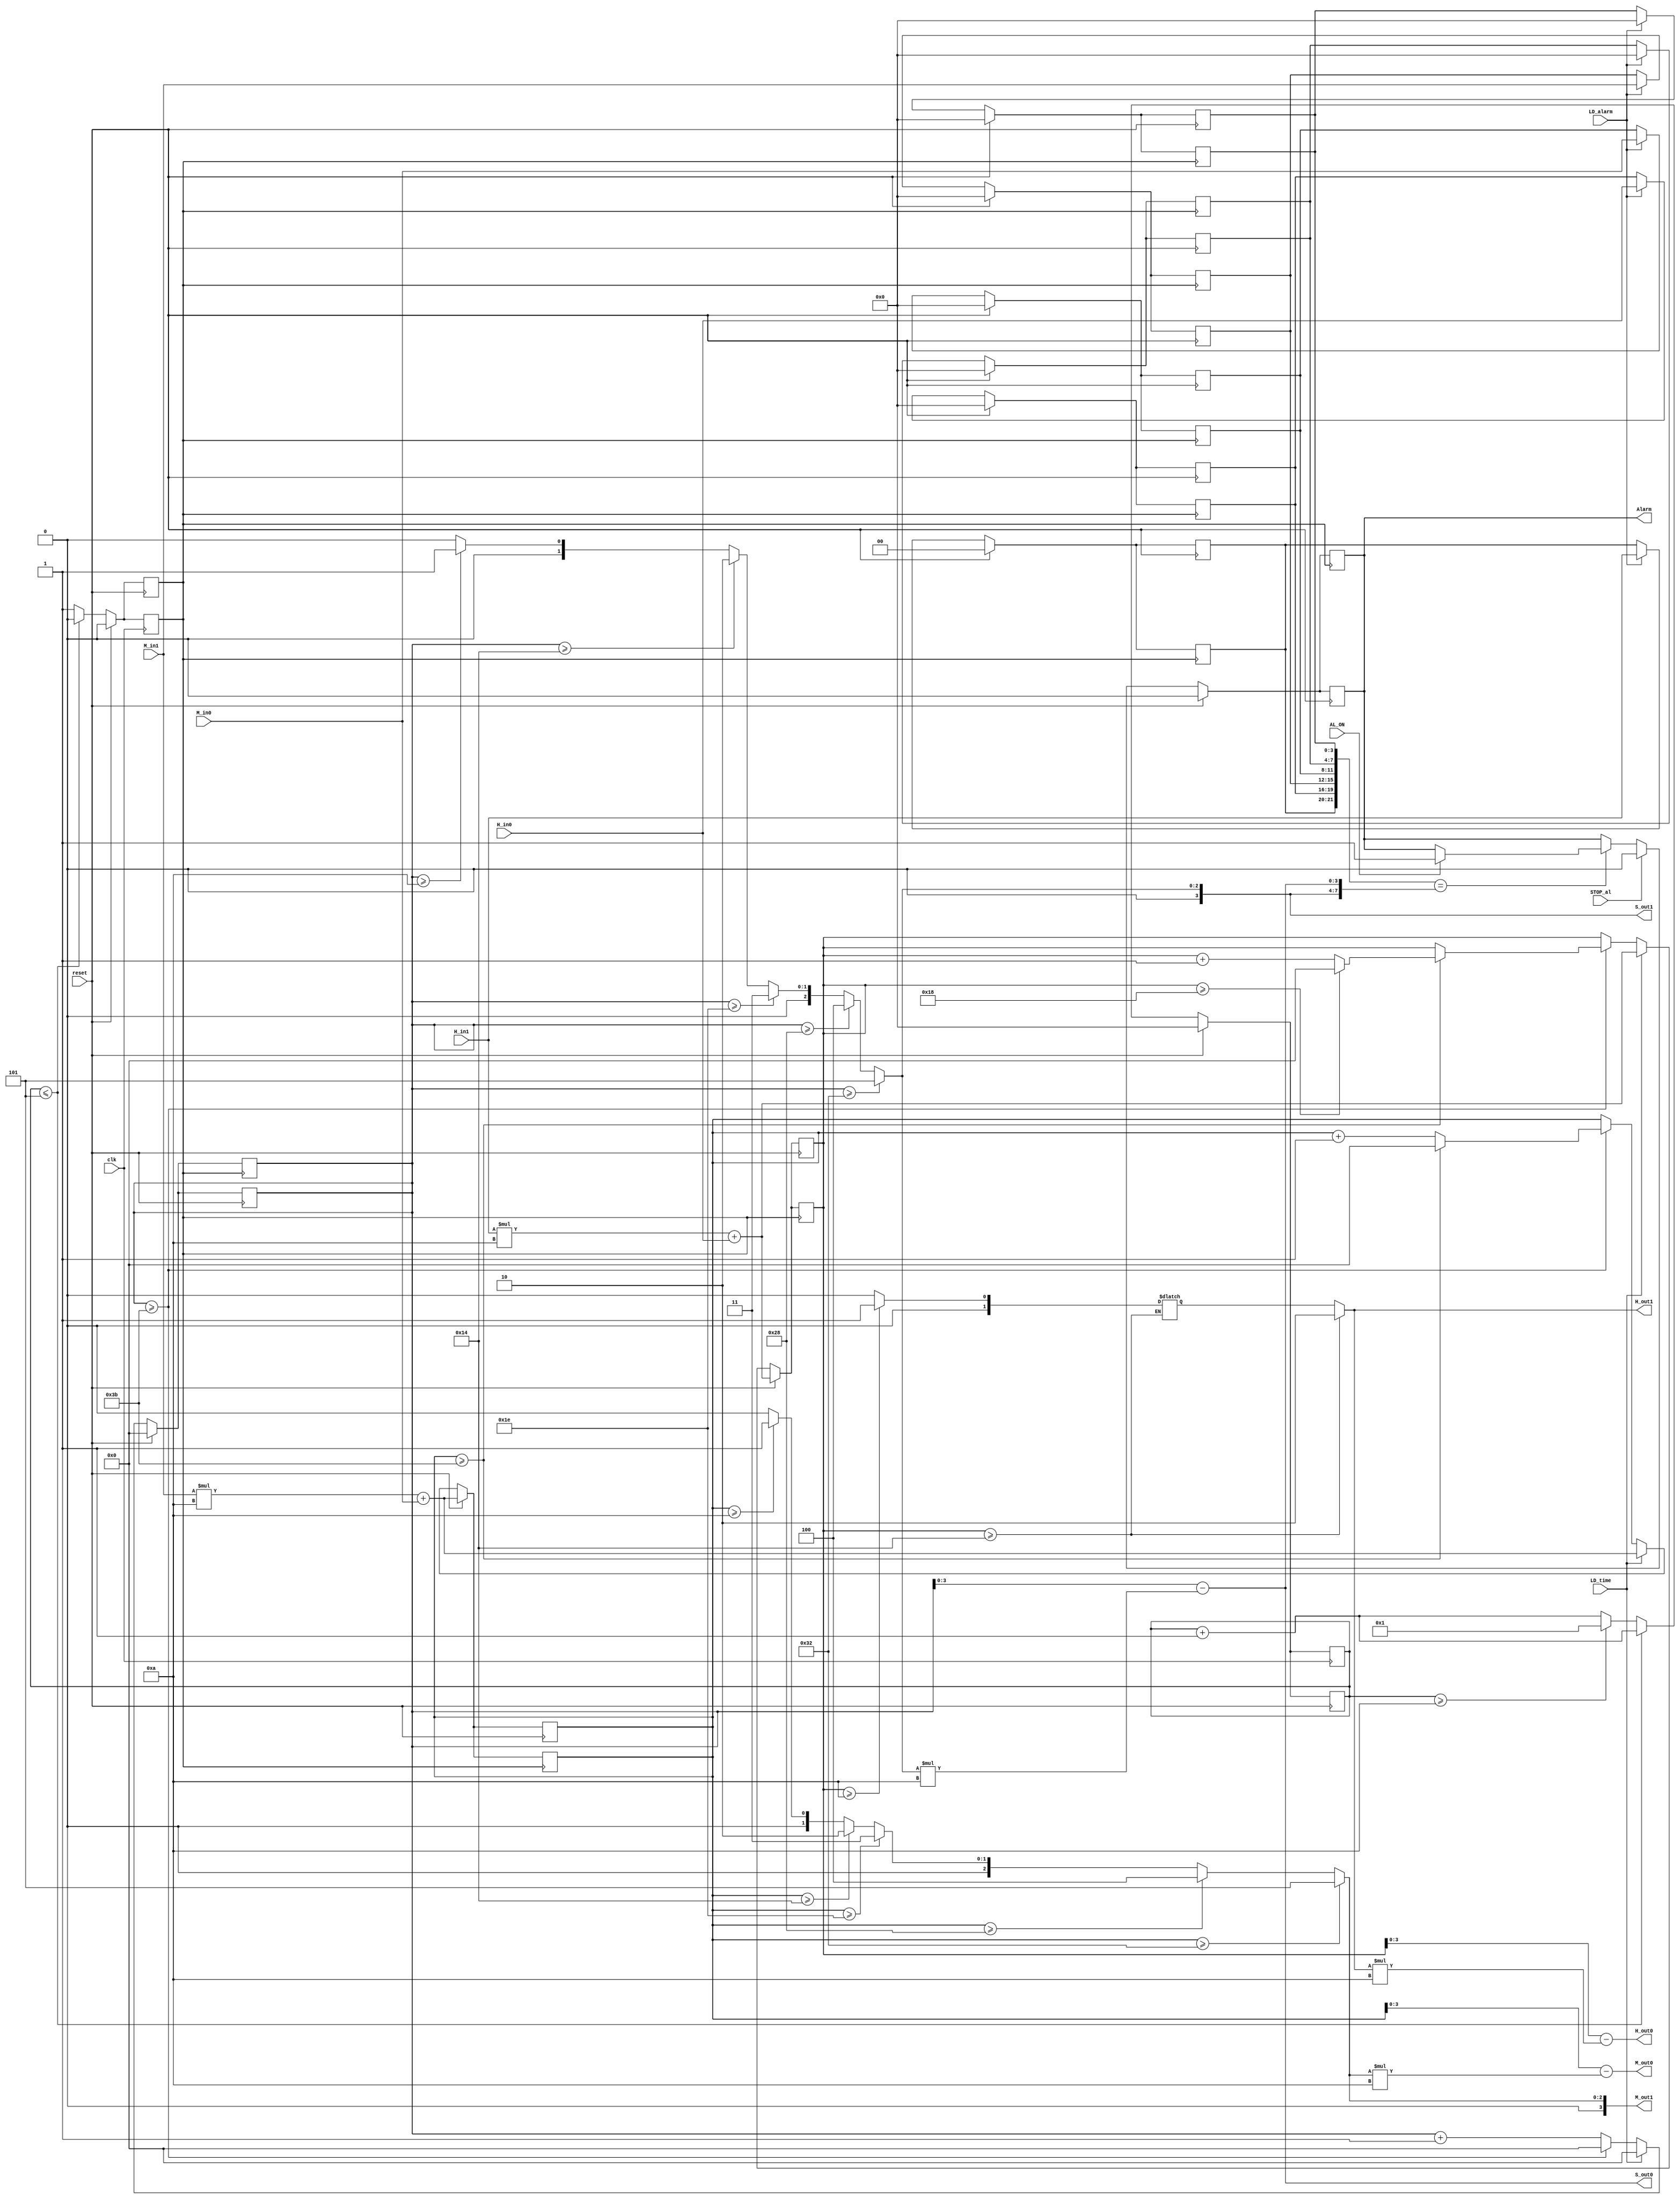
/* Generated by Yosys 0.9 (git sha1 1979e0b) */

module iiitb_clockfpga(reset, clk, H_in1, H_in0, M_in1, M_in0, LD_time, LD_alarm, STOP_al, AL_ON, Alarm, H_out1, H_out0, M_out1, M_out0, S_out1, S_out0);
  reg [3:0] _000_;
  reg [5:0] _001_;
  reg [3:0] _002_;
  reg [5:0] _003_;
  reg _004_;
  reg [3:0] _005_;
  reg [1:0] _006_;
  reg [3:0] _007_;
  reg [3:0] _008_;
  reg [3:0] _009_;
  reg [3:0] _010_;
  reg [3:0] _011_;
  reg [1:0] _012_;
  reg [3:0] _013_;
  reg [3:0] _014_;
  reg [3:0] _015_;
  reg [3:0] _016_;
  reg _017_;
  reg [3:0] _018_;
  reg [5:0] _019_;
  reg [5:0] _020_;
  reg [5:0] _021_;
  reg [1:0] _022_;
  reg [1:0] _023_;
  wire [31:0] _024_;
  wire [31:0] _025_;
  wire [31:0] _026_;
  wire [31:0] _027_;
  wire [31:0] _028_;
  wire [31:0] _029_;
  wire [31:0] _030_;
  wire [31:0] _031_;
  wire _032_;
  reg [3:0] _033_;
  reg [5:0] _034_;
  reg [3:0] _035_;
  reg [5:0] _036_;
  wire _037_;
  wire _038_;
  wire _039_;
  wire _040_;
  wire _041_;
  wire _042_;
  wire _043_;
  wire _044_;
  wire _045_;
  wire _046_;
  wire _047_;
  wire _048_;
  wire _049_;
  wire _050_;
  wire _051_;
  wire _052_;
  wire _053_;
  wire [31:0] _054_;
  wire [31:0] _055_;
  wire [31:0] _056_;
  wire [31:0] _057_;
  wire [31:0] _058_;
  wire [31:0] _059_;
  wire [31:0] _060_;
  wire [31:0] _061_;
  wire [31:0] _062_;
  wire [31:0] _063_;
  wire [31:0] _064_;
  wire [31:0] _065_;
  wire [31:0] _066_;
  wire [31:0] _067_;
  wire [31:0] _068_;
  wire [31:0] _069_;
  wire [31:0] _070_;
  wire [31:0] _071_;
  wire [31:0] _072_;
  wire [31:0] _073_;
  input AL_ON;
  output Alarm;
  reg Alarm;
  input [3:0] H_in0;
  input [1:0] H_in1;
  output [3:0] H_out0;
  output [1:0] H_out1;
  input LD_alarm;
  input LD_time;
  input [3:0] M_in0;
  input [3:0] M_in1;
  output [3:0] M_out0;
  output [3:0] M_out1;
  input STOP_al;
  output [3:0] S_out0;
  output [3:0] S_out1;
  reg [3:0] a_hour0;
  reg [1:0] a_hour1;
  reg [3:0] a_min0;
  reg [3:0] a_min1;
  reg [3:0] a_sec0;
  reg [3:0] a_sec1;
  reg [3:0] c_hour0;
  reg [1:0] c_hour1;
  reg [3:0] c_min0;
  reg [3:0] c_min1;
  reg [3:0] c_sec0;
  reg [3:0] c_sec1;
  input clk;
  reg clk_1s;
  input reset;
  reg [3:0] tmp_1s;
  reg [5:0] tmp_hour;
  reg [5:0] tmp_minute;
  reg [5:0] tmp_second;
  assign _024_ = tmp_1s + 32'd1;
  assign _025_ = _057_ + H_in0;
  assign _026_ = _058_ + M_in0;
  assign _027_ = _059_ + H_in0;
  assign _028_ = _060_ + M_in0;
  assign _029_ = tmp_second + 32'd1;
  assign _030_ = tmp_minute + 32'd1;
  assign _031_ = tmp_hour + 32'd1;
  assign _032_ = { a_hour1, a_hour0, a_min1, a_min0, a_sec1, a_sec0 } == { c_hour1, c_hour0, c_min1, c_min0, c_sec1, c_sec0 };
  assign _037_ = tmp_1s >= 32'd10;
  assign _038_ = tmp_hour >= 32'd20;
  assign _039_ = tmp_hour >= 32'd10;
  assign _040_ = tmp_minute >= 32'd50;
  assign _041_ = tmp_minute >= 32'd40;
  assign _042_ = tmp_minute >= 32'd30;
  assign _043_ = tmp_minute >= 32'd20;
  assign _044_ = tmp_minute >= 32'd10;
  assign _045_ = tmp_second >= 32'd50;
  assign _046_ = tmp_second >= 32'd40;
  assign _047_ = tmp_second >= 32'd30;
  assign _048_ = tmp_second >= 32'd20;
  assign _049_ = tmp_second >= 32'd10;
  assign _050_ = tmp_second >= 32'd59;
  assign _051_ = tmp_minute >= 32'd59;
  assign _052_ = tmp_hour >= 32'd24;
  assign _053_ = tmp_1s <= 32'd5;
  assign _054_ = _022_ * 32'd10;
  assign _055_ = _068_[3:0] * 32'd10;
  assign _056_ = _073_[3:0] * 32'd10;
  assign _057_ = H_in1 * 32'd10;
  assign _058_ = M_in1 * 32'd10;
  assign _059_ = H_in1 * 32'd10;
  assign _060_ = M_in1 * 32'd10;
  assign _061_ = tmp_hour - _054_;
  assign _062_ = tmp_minute - _055_;
  assign _063_ = tmp_second - _056_;
  assign _064_ = _044_ ? 32'd1 : 32'd0;
  assign _065_ = _043_ ? 32'd2 : _064_;
  assign _066_ = _042_ ? 32'd3 : _065_;
  assign _067_ = _041_ ? 32'd4 : _066_;
  assign _068_ = _040_ ? 32'd5 : _067_;
  assign _069_ = _049_ ? 32'd1 : 32'd0;
  assign _070_ = _048_ ? 32'd2 : _069_;
  assign _071_ = _047_ ? 32'd3 : _070_;
  assign _072_ = _046_ ? 32'd4 : _071_;
  assign _073_ = _045_ ? 32'd5 : _072_;
  always @* begin
    _017_ = clk_1s;
    _018_ = tmp_1s;
    casez (reset)
      1'h1:
        begin
          _018_ = 4'h0;
          _017_ = 1'h0;
        end
      default:
        begin
          _018_ = _024_[3:0];
          casez (_053_)
            1'h1:
                _017_ = 1'h0;
            default:
                casez (_037_)
                  1'h1:
                    begin
                      _017_ = 1'h1;
                      _018_ = 4'h1;
                    end
                  default:
                      _017_ = 1'h1;
                endcase
          endcase
        end
    endcase
  end
  always @(posedge clk) begin
      clk_1s <= _017_;
      tmp_1s <= _018_;
  end
  always @(posedge reset) begin
      clk_1s <= _017_;
      tmp_1s <= _018_;
  end
  always @* begin
    _012_ = _022_;
    _011_ = _061_[3:0];
    _001_ = tmp_minute;
    _000_ = _068_[3:0];
    _014_ = _068_[3:0];
    _013_ = _062_[3:0];
    _003_ = tmp_second;
    _002_ = _073_[3:0];
    _016_ = _073_[3:0];
    _015_ = _063_[3:0];
    casez (_038_)
      1'h1:
        begin
          _022_ = 2'h2;
        end
      default:
        begin
          _022_ = _023_;
          casez (_039_)
            1'h1:
              begin
                _023_ = 2'h1;
              end
            default:
              begin
                _023_ = 2'h0;
              end
          endcase
        end
    endcase
  end
  always @* begin
      c_hour1 <= _012_;
      c_hour0 <= _011_;
      c_min1 <= _014_;
      c_min0 <= _013_;
      c_sec1 <= _016_;
      c_sec0 <= _015_;
      _033_ <= 4'hx;
      _034_ <= 6'hxx;
      _035_ <= 4'hx;
      _036_ <= 6'hxx;
  end
  always @* begin
    _004_ = Alarm;
    casez (reset)
      1'h1:
          _004_ = 1'h0;
      default:
        begin
          casez (_032_)
            1'h1:
                casez (AL_ON)
                  1'h1:
                      _004_ = 1'h1;
                  default:
                      /* empty */;
                endcase
            default:
                /* empty */;
          endcase
          casez (STOP_al)
            1'h1:
                _004_ = 1'h0;
            default:
                /* empty */;
          endcase
        end
    endcase
  end
  always @(posedge clk_1s) begin
      Alarm <= _004_;
  end
  always @(posedge reset) begin
      Alarm <= _004_;
  end
  always @* begin
    _019_ = tmp_hour;
    _020_ = tmp_minute;
    _021_ = tmp_second;
    _006_ = a_hour1;
    _005_ = a_hour0;
    _008_ = a_min1;
    _007_ = a_min0;
    _010_ = a_sec1;
    _009_ = a_sec0;
    casez (reset)
      1'h1:
        begin
          _006_ = 2'h0;
          _005_ = 4'h0;
          _008_ = 4'h0;
          _007_ = 4'h0;
          _010_ = 4'h0;
          _009_ = 4'h0;
          _019_ = _025_[5:0];
          _020_ = _026_[5:0];
          _021_ = 6'h00;
        end
      default:
        begin
          casez (LD_alarm)
            1'h1:
              begin
                _006_ = H_in1;
                _005_ = H_in0;
                _008_ = M_in1;
                _007_ = M_in0;
                _010_ = 4'h0;
                _009_ = 4'h0;
              end
            default:
                /* empty */;
          endcase
          casez (LD_time)
            1'h1:
              begin
                _019_ = _027_[5:0];
                _020_ = _028_[5:0];
                _021_ = 6'h00;
              end
            default:
              begin
                _021_ = _029_[5:0];
                casez (_050_)
                  1'h1:
                    begin
                      _020_ = _030_[5:0];
                      _021_ = 6'h00;
                      casez (_051_)
                        1'h1:
                          begin
                            _020_ = 6'h00;
                            _019_ = _031_[5:0];
                            casez (_052_)
                              1'h1:
                                  _019_ = 6'h00;
                              default:
                                  /* empty */;
                            endcase
                          end
                        default:
                            /* empty */;
                      endcase
                    end
                  default:
                      /* empty */;
                endcase
              end
          endcase
        end
    endcase
  end
  always @(posedge clk_1s) begin
      tmp_hour <= _019_;
      tmp_minute <= _020_;
      tmp_second <= _021_;
      a_hour1 <= _006_;
      a_hour0 <= _005_;
      a_min1 <= _008_;
      a_min0 <= _007_;
      a_sec1 <= _010_;
      a_sec0 <= _009_;
  end
  always @(posedge reset) begin
      tmp_hour <= _019_;
      tmp_minute <= _020_;
      tmp_second <= _021_;
      a_hour1 <= _006_;
      a_hour0 <= _005_;
      a_min1 <= _008_;
      a_min0 <= _007_;
      a_sec1 <= _010_;
      a_sec0 <= _009_;
  end
  assign H_out1 = c_hour1;
  assign H_out0 = c_hour0;
  assign M_out1 = c_min1;
  assign M_out0 = c_min0;
  assign S_out1 = c_sec1;
  assign S_out0 = c_sec0;
endmodule